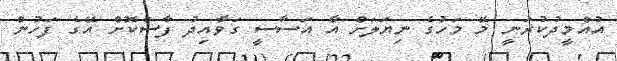
އުއްމީދުކުރަނީ މޭ މަހުގެ ނިޔަލަށް އާ އަސާސީ ގަވާއިދު ފާސްކޮށް އޭގެ ފަހުން